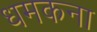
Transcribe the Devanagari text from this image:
धमकना